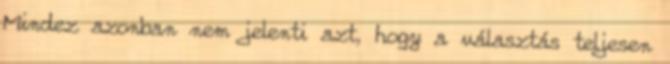
Mindez azonban nem jelenti azt, hogy a választás teljesen